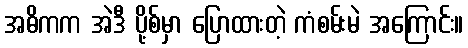
အဓိကက အဲဒီ ပို့စ်မှာ ပြောထားတဲ့ ကံစမ်းမဲ အကြောင်း။